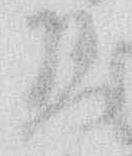
懸